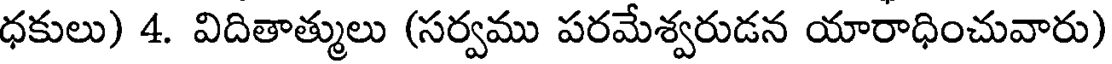
ధకులు) 4. విదితాత్ములు (సర్వము పరమేశ్వరుడన యారాధించువారు)